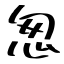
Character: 怱